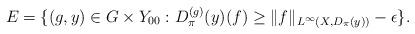
LaTeX: \begin{align*}E = \{ (g,y) \in G \times Y_{00} : D_{\pi}^{(g)}(y)(f) \geq \| f \|_{L^{\infty}(X,D_{\pi}(y))} - \epsilon \}.\end{align*}